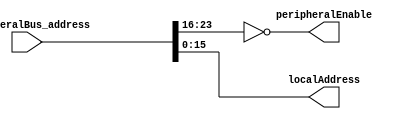
`default_nettype none

`ifndef PERIPHERAL_SELECT_V
`define PERIPHERAL_SELECT_V

module PeripheralSelect #(
		parameter ID = 8'h00
	)(
		input wire[23:0] peripheralBus_address,
		output wire[15:0] localAddress,
		output wire peripheralEnable
	);

	assign peripheralEnable = peripheralBus_address[23:16] == ID;
	assign localAddress = peripheralBus_address[15:0];

endmodule

`endif